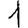
Digit: 1